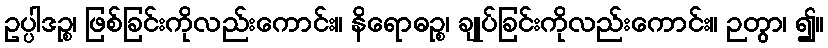
ဥပ္ပါဒဉ္စ၊ ဖြစ်ခြင်းကိုလည်းကောင်း။ နိရောဓဉ္စ၊ ချုပ်ခြင်းကိုလည်းကောင်း။ ဉတွာ၊ ၍။